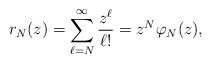
LaTeX: \begin{align*}r_N(z) = \sum\limits_{\ell=N}^\infty \frac{z^\ell}{\ell !} = z^N \varphi_N(z),\end{align*}